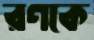
রণকে